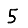
Digit: 5